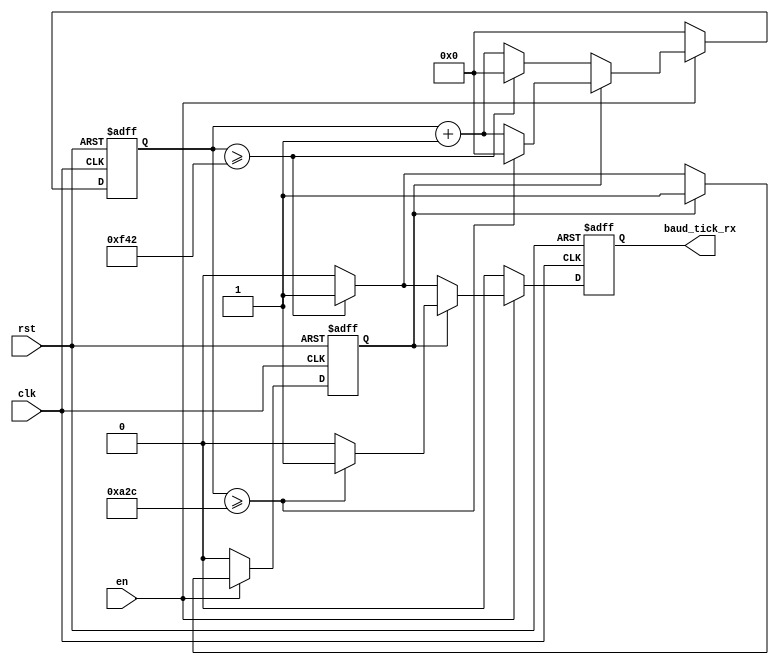
module baud_rate_generator_rx (
    input clk,
    input rst,
    input en,           // Enable signal, enables baud rate generation
    output reg baud_tick_rx
);
    reg [11:0] count;          // Counter for generating baud_tick
    reg first_tick_generated;  // Flag to indicate if the first baud_tick has been generated

    always @(posedge clk or posedge rst) begin
        if (rst) begin
            count <= 0;
            baud_tick_rx <= 0;
            first_tick_generated <= 0; // Upon reset, the first baud_tick has not been generated
        end else if (en) begin
            if (!first_tick_generated) begin
                // The first baud_tick is generated after 1.5 baud rate cycles
                if (count >= (3906)) begin // Counter value for 1.5 cycles, assuming 2604 counts per cycle
                    baud_tick_rx <= 1;
                    count <= 0; // Reset counter to generate the next baud_tick
                    first_tick_generated <= 1; // Mark that the first baud_tick has been generated
                end else begin
                    count <= count + 1;
                    baud_tick_rx <= 0;
                end
            end else begin
                // After the first baud_tick, pulses are generated every cycle
                if (count >= 2604) begin // Assuming 2604 counts per cycle
                    baud_tick_rx <= 1;
                    count <= 0; // Reset counter
                end else begin
                    count <= count + 1;
                    baud_tick_rx <= 0;
                end
            end
        end else if (!en) begin
            // If the enable signal goes low, reset all states
            count <= 0;
            baud_tick_rx <= 0;
            first_tick_generated <= 0;
        end
    end
endmodule